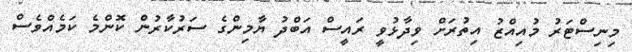
މިނިސްޓަރު މުއިއްޒު އިތުރަށް ވިދާޅުވީ ރައީސް އަބްދު ޔާމިންގެ ސަރުކާރުން ކޮންމެ ކަމެއްވެސް